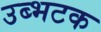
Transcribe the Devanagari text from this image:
उब्भटक